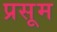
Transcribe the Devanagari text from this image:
प्रसूम